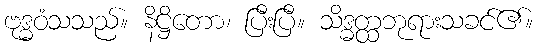
ဗုဒ္ဓဝံသသည်။ နိဋ္ဌိတော၊ ပြီးပြီ။ သိဒ္ဓတ္ထဘုရားသခင်၏။